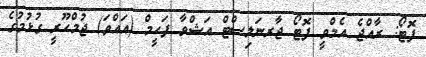
ފޮޓޯ: ރާއްޖެ އެމްވީ ފޮޓޯ ޖާރނަލިސްޓް އަޝްވާ ފަހީމް (އައްވަ) ޖުމްހޫރީ ގުޅުމުގެ